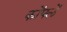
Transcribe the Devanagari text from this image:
कोंपलें